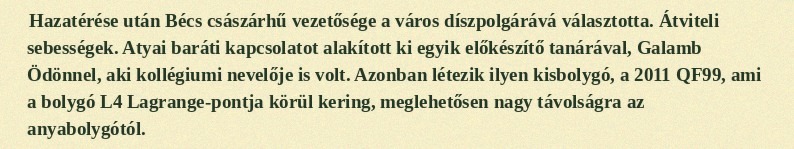
Hazatérése után Bécs császárhű vezetősége a város díszpolgárává választotta. Átviteli sebességek. Atyai baráti kapcsolatot alakított ki egyik előkészítő tanárával, Galamb Ödönnel, aki kollégiumi nevelője is volt. Azonban létezik ilyen kisbolygó, a 2011 QF99, ami a bolygó L4 Lagrange-pontja körül kering, meglehetősen nagy távolságra az anyabolygótól.